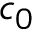
c _ { 0 }